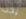
يجب